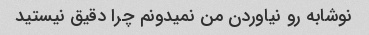
نوشابه رو نیاوردن من نمیدونم چرا دقیق نیستید